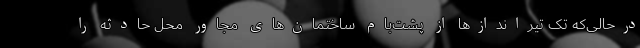
درحالی‌که تک تیراندازها از پشت‌بام ساختمان‌های مجاور محل حادثه را